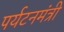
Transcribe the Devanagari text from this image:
पर्यटनमंत्री